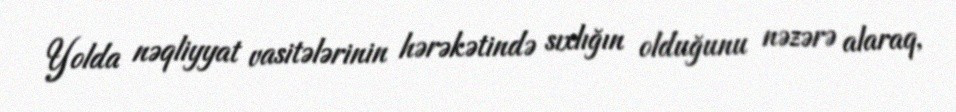
Yolda nəqliyyat vasitələrinin hərəkətində sıxlığın olduğunu nəzərə alaraq,